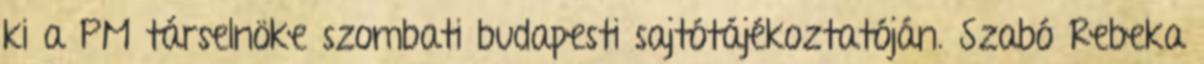
ki a PM társelnöke szombati budapesti sajtótájékoztatóján. Szabó Rebeka